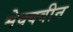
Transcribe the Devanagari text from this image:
मेक्क्वीन